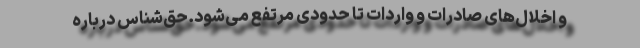
و اخلال‌های صادرات و واردات تا حدودی مرتفع می‌شود.‌حق‌شناس درباره